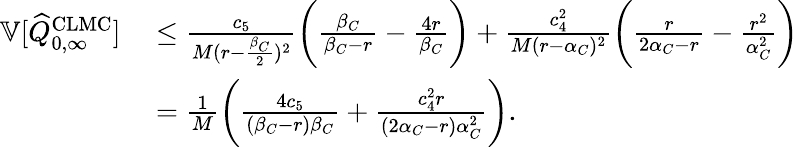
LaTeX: \begin{array}{rl}{{\mathbb{V}}[\widehat{Q}_{0,\infty}^{\mathrm{CLMC}}]\ }&{\leq\frac{c_{5}}{M(r-\frac{\beta_{C}}{2})^{2}}\bigg(\frac{\beta_{C}}{\beta_{C}-r}-\frac{4r}{\beta_{C}}\bigg)+\frac{c_{4}^{2}}{M(r-\alpha_{C})^{2}}\bigg(\frac{r}{2\alpha_{C}-r}-\frac{r^{2}}{\alpha_{C}^{2}}\bigg)}\\ {\ }&{=\frac{1}{M}\bigg(\frac{4c_{5}}{(\beta_{C}-r)\beta_{C}}+\frac{c_{4}^{2}r}{(2\alpha_{C}-r)\alpha_{C}^{2}}\bigg).}\end{array}